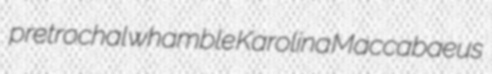
pretrochal whamble Karolina Maccabaeus